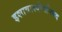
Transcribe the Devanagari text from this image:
इशावास्योपनिषद